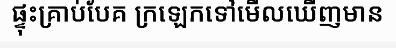
ផ្ទុះគ្រាប់បែគ ក្រឡេកទៅមើលឃើញមាន